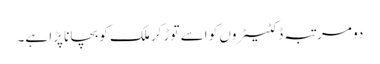
دو مرتبہ ڈکٹیٹروں کو اسے توڑ کر ملک کو بچانا پڑا ہے۔